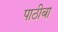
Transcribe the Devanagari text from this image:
पाठीबा